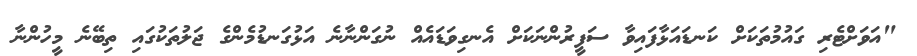
"އަވަށްޓެރި ގައުުމުތަކަށް ކަނޑައަޅާފައިވާ ސަފީރުންނަަކަށް އެނގިވަޑައެއް ނުގަންނާނެ އަޅުގަނޑުމެންގެ ޖަލުތަކުގައި ތިބޭނެ މީހުންނާ